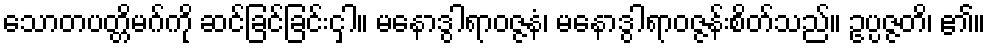
သောတပတ္တိမဂ်ကို ဆင်ခြင်ခြင်းငှါ။ မနောဒွါရာဝဇ္ဇနံ၊ မနောဒွါရာဝဇ္ဇန်းစိတ်သည်။ ဥပ္ပဇ္ဇတိ၊ ၏။